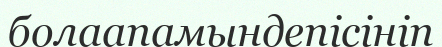
болаапамындепісініп